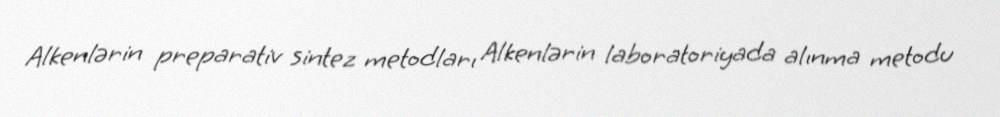
Alkenlərin preparativ sintez metodları Alkenlərin laboratoriyada alınma metodu